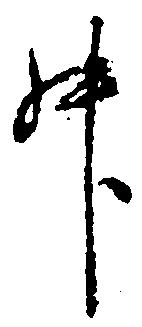
升